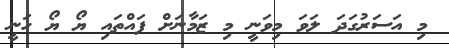
މި އަސަރުގަދަ ލަވަ މިވަނީ މި ޒަމާނަށް ފައްތައި ޔޯ ޔޯ ހަނީ